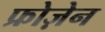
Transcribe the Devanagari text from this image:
फ्रोज़ेन